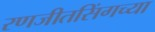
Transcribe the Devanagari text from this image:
रणजीतसिंगच्या